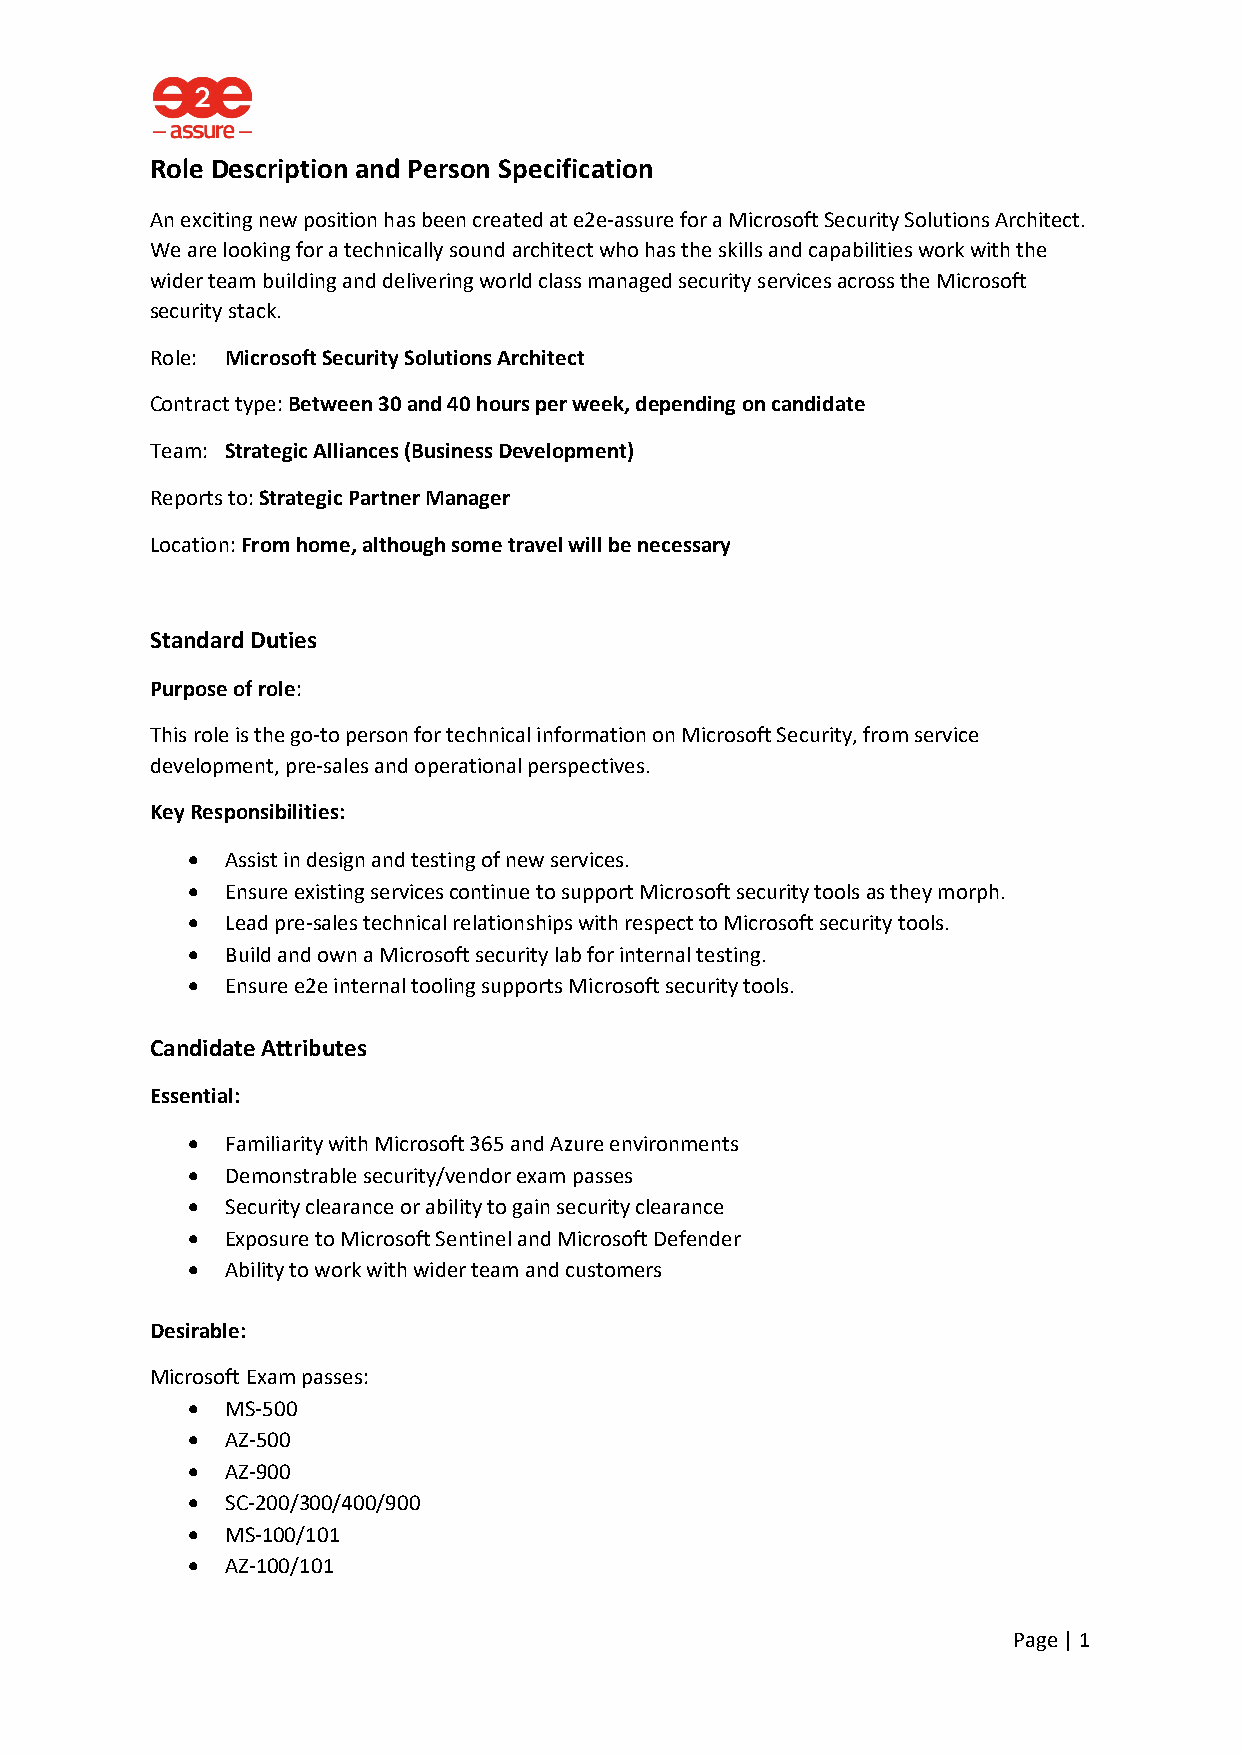
Role Description and Person Specification
 An exciting new position has been created at e2e-assure for a Microsoft Security Solutions Architect.
 We are looking for a technically sound architect who has the skills and capabilities work with the
 wider team building and delivering world class managed security services across the Microsoft
 security stack.
 Role: Microsoft Security Solutions Architect
 Contract type: Between 30 and 40 hours per week, depending on candidate
 Team: Strategic Alliances (Business Development)
 Reports to: Strategic Partner Manager
 Location: From home, although some travel will be necessary
 Standard Duties
 Purpose of role:
 This role is the go-to person for technical information on Microsoft Security, from service
 development, pre-sales and operational perspectives.
 Key Responsibilities:
 •  Assist in design and testing of new services.
 •  Ensure existing services continue to support Microsoft security tools as they morph.
 •  Lead pre-sales technical relationships with respect to Microsoft security tools.
 •  Build and own a Microsoft security lab for internal testing.
 •  Ensure e2e internal tooling supports Microsoft security tools.
 Candidate Attributes
 Essential:
 •  Familiarity with Microsoft 365 and Azure environments
 •  Demonstrable security/vendor exam passes
 •  Security clearance or ability to gain security clearance
 •  Exposure to Microsoft Sentinel and Microsoft Defender
 •  Ability to work with wider team and customers
 Desirable:
 Microsoft Exam passes:
 •  MS-500
 •  AZ-500
 •  AZ-900
 •  SC-200/300/400/900
 •  MS-100/101
 •  AZ-100/101
 Page | 1